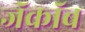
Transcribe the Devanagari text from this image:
जॅकॉब